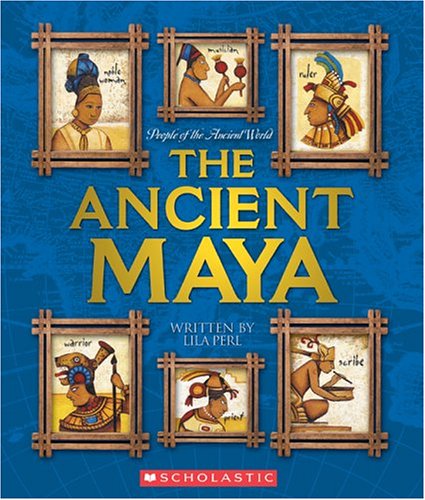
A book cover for Ancient Maya (People of the Ancient World); Lila Perl; Children's Books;